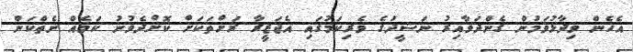
އެހެން ވިދާޅުވަމުން ގެންދަވާއިރު ނަޝީދުގެ ވެރިކަމުގައި އެޖަޒީރާ ރަށްތަކަށް ކޮށްދެވުނު ކަމެއް ނެތްކަން